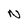
Character: N